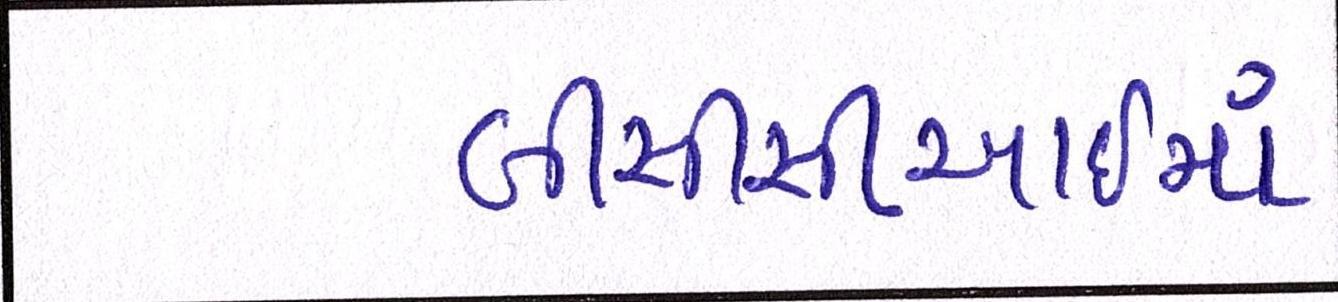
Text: બીસીસીઆઈમાં